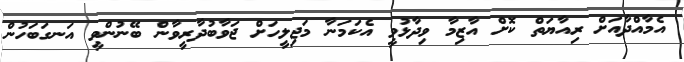
އެމާއްދާއަށް ރިއާޔަތް ކޮށް އާޒިމާ ވިދާޅުވީ އެކަމަނާ މަޖިލީހަށް ޖަވާބުދާރީވާން ބޭނުންވީ އަނގަބަހުން